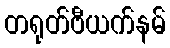
တရုတ်ဗီယက်နမ်